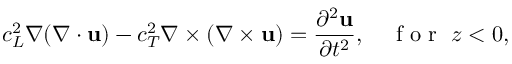
c _ { L } ^ { 2 } \nabla ( \nabla \cdot \mathbf { u } ) - c _ { T } ^ { 2 } \nabla \times ( \nabla \times \mathbf { u } ) = \frac { \partial ^ { 2 } \mathbf { u } } { \partial t ^ { 2 } } , \quad \mathrm { ~ f ~ o ~ r ~ } \; z < 0 ,